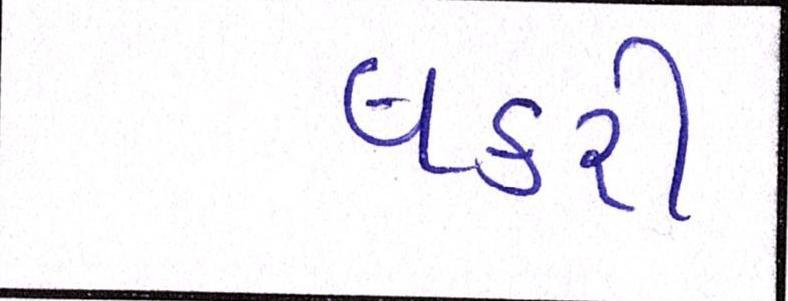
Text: વકરી